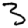
Digit: 3